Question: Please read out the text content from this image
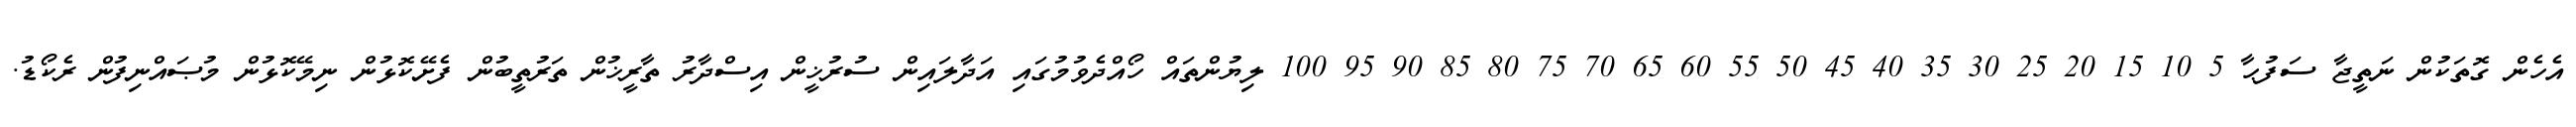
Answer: އެހެން ގޮތަކުން ނަތީޖާ ސަފުޙާ 5 10 15 20 25 30 35 40 45 50 55 60 65 70 75 80 85 90 95 100 ލިޔުންތައް ހޯއްދެވުމުގައި އަދާލައިން ސުރުޚީން އިސްދާރު ތާރީޚުން ތަރުތީބުން ފެށޭކޮޅުން ނިމޭކޮޅުން މުޞައްނިފުން ރެކޯޑު.